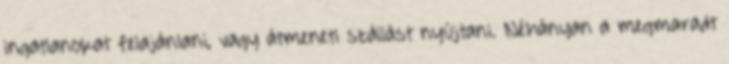
ingatlanokat felajánlani, vagy átmeneti szállást nyújtani. Néhányan a megmaradt